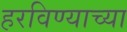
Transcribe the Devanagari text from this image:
हरविण्याच्या